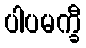
ပါပမက္ခီ